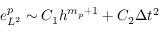
e _ { L ^ { 2 } } ^ { p } \sim C _ { 1 } h ^ { m _ { p } + 1 } + C _ { 2 } \Delta t ^ { 2 }